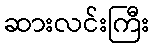
ဆားလင်းကြီး